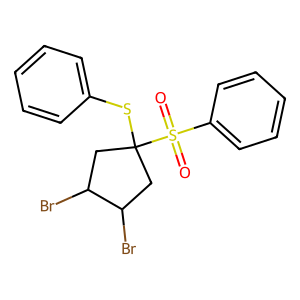
SMILES: O=S(=O)(c1ccccc1)C1(Sc2ccccc2)CC(Br)C(Br)C1
Inhibits HIV replication: No